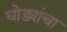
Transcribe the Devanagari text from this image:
घोड्यांचा